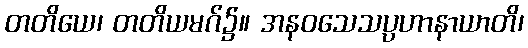
တတိယေ၊ တတိယမဂ်၌။ အနဝသေသပ္ပဟာနာယာတိ၊